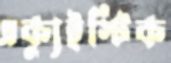
এক্যুইস্টিক